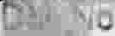
DOC NO.